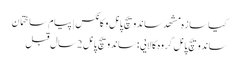
کیا سازه مشهد ساندویچ پانل و کانکس | پیام ساختمان
ساندویچ پانل گروه کالایی : ساندویچ پانل2 سال قبل